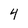
Character: 4